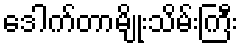
ဒေါက်တာမျိုးသိမ်းကြီး